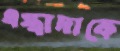
এস্ত্রাদাকে